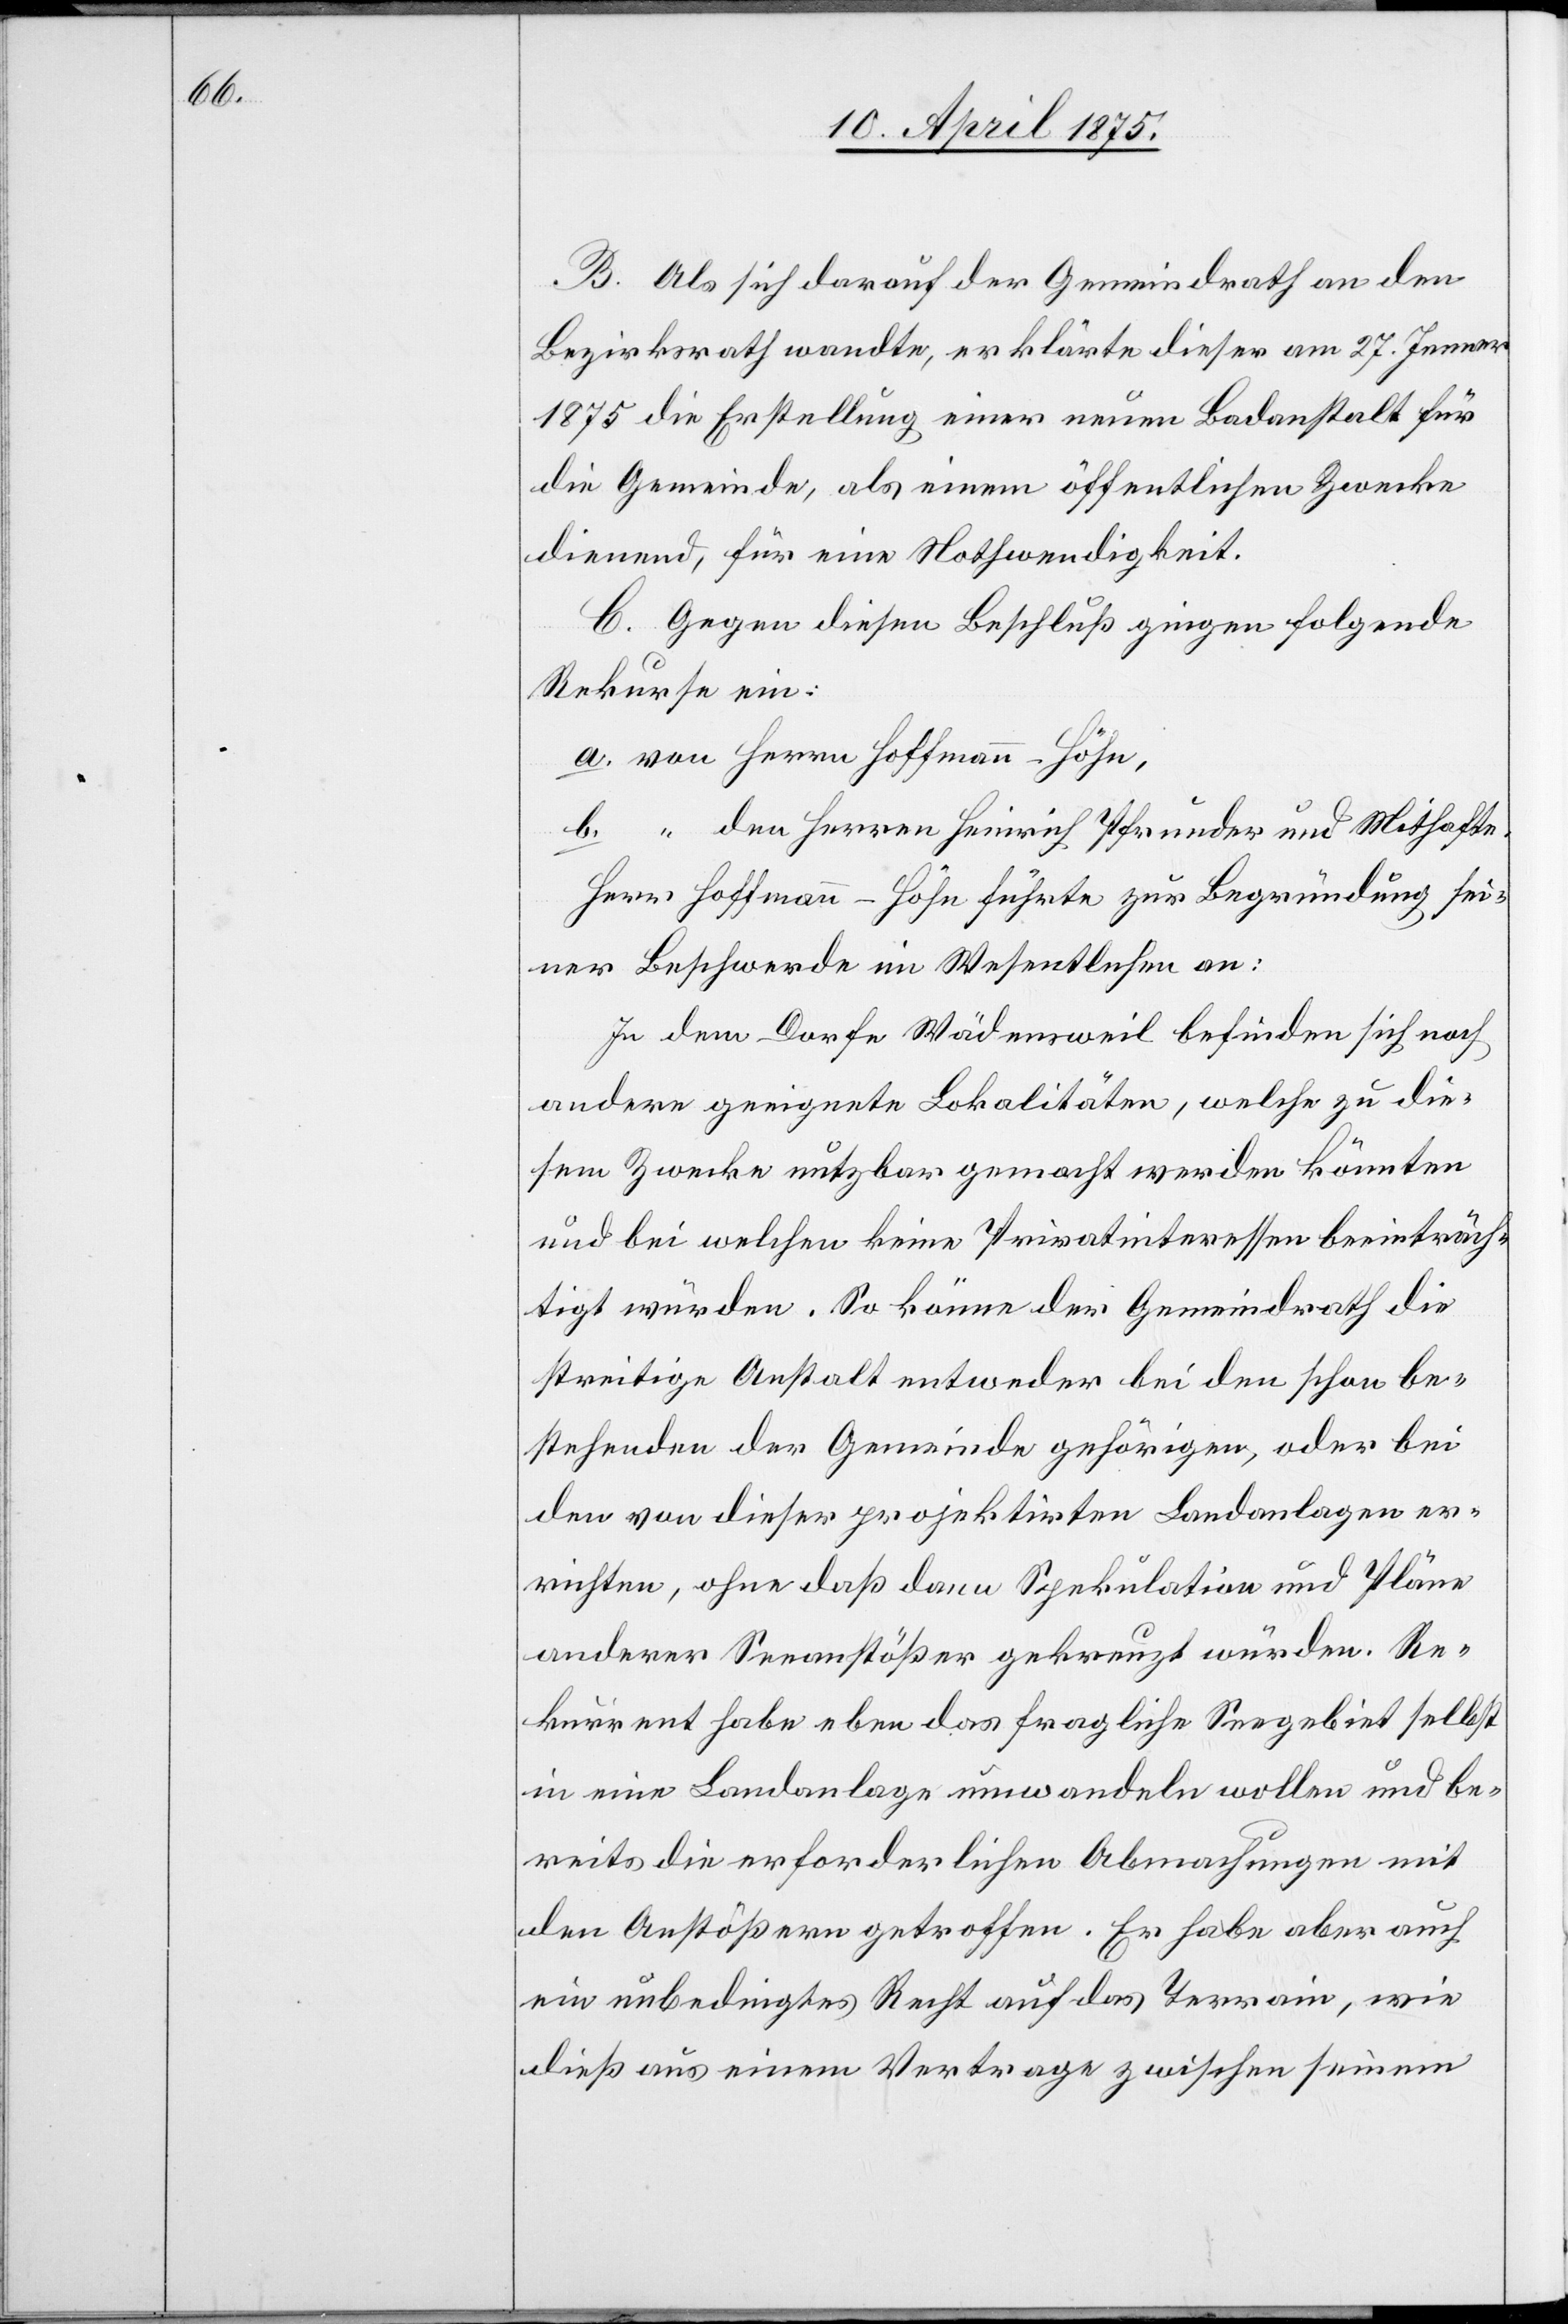
B. Als sich darauf der Gemeindrath an den
Bezirksrath wandte, erklärte dieser am 27. Jenner
1875 die Erstellung einer neuen Badeanstalt für
die Gemeinde, als einem öffentlichen Zwecke
dienend, für eine Nothwendigkeit.
C. Gegen diesen Beschluß gingen folgende
Rekurse ein:
den Herren Heinrich Pfrunder und Mithafte.
Herr Hoffmann-Höhn führte zur Begründung ei¬
ner Beschwerde im Wesentlichen an:
In dem Dorfe Wädensweil befinden sich noch
andere geeignete Lokalitäten, welche zu die¬
sem Zwecke nutzbar gemacht werden könnten
und bei welchen keine Privatinteressen beeinträch¬
tigt würden. So könne der Gemeindrath die
streitige Anstalt entweder bei den schon be¬
stehenden der Gemeinde gehörigen, oder bei
dem von dieser projektierten Landanlagen er¬
richten, ohne daß dann Spekulation und Pläne
anderer Seeanstößer gekreuzt würden. Re¬
kurrent habe eben das fragliche Seegebiet selbst
in eine Landeanlage umwandeln wollen und be¬
reits die erforderlichen Abmachungen mit
den Anstößern getroffen. Er habe aber auch
ein unbedingtes Recht auf das Terrain, wie
dieß aus einem Vertrage zwischen seinem